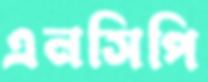
এনসিপি